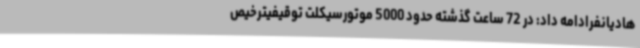
هادیانفرادامه داد: در 72 ساعت گذشته حدود 5000 موتورسیکلت‌ توقیفیترخیص